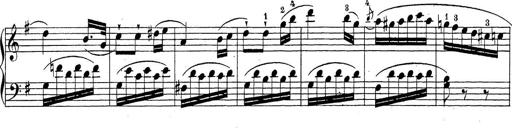
Title: Sonatina Album
Composer: Louis KÃ¶hler